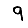
Digit: 9